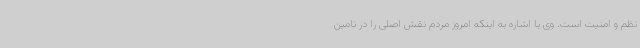
نظم و امنیت است. وی با اشاره به اینکه امروز مردم نقش اصلی را در تامین